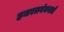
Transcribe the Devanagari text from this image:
हजरतगंजवाले